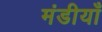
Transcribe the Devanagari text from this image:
मंडीयाँ